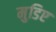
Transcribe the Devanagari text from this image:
मुडिए